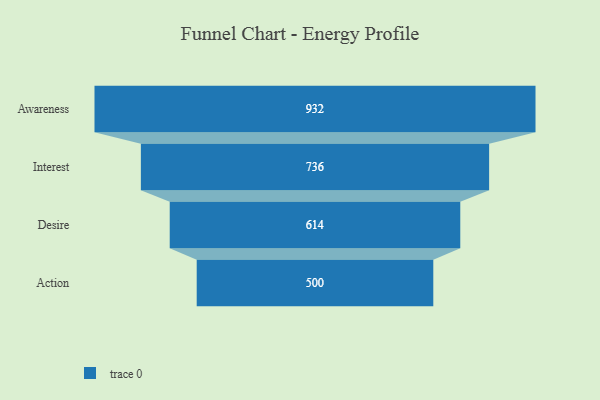
{"axis": {"x": "Stage", "y": "Value"}, "legend": [""], "data": [{"x": "Awareness", "y": 932.0, "type": ""}, {"x": "Interest", "y": 736.0, "type": ""}, {"x": "Desire", "y": 614.0, "type": ""}, {"x": "Action", "y": 500, "type": ""}]}